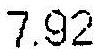
7.92